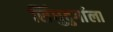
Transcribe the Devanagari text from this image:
सिंधुदुर्गाला